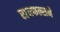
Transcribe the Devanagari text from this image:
रायफल्सने